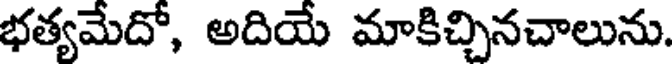
భత్యమేదో, అదియే మాకిచ్చినచాలును.